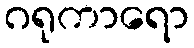
ဂရုကာရော